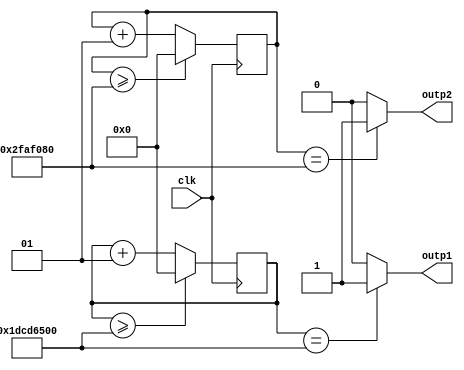
module xishi2(
    input clk,
    output outp1,
    output outp2
    );
    integer cnt1=0,cnt2=0;
    reg outp1,outp2;
    always @(posedge clk)
    begin
        if (cnt1 >= 500000000) begin cnt1 <= 0; end
        else begin cnt1 = cnt1 + 1; end
    end
    always @(*)
    begin
        if (cnt1 == 500000000) begin outp1 <= 1'b1; end
        else outp1 <= 1'b0;
    end
    always @(posedge clk)
        begin
            if (cnt2 >= 50000000) begin cnt2 <= 0; end
            else begin cnt2 = cnt2 + 1; end
        end
        always @(*)
        begin
            if (cnt2 == 50000000) begin outp2 <= 1'b1; end
            else outp2 <= 1'b0;
        end
endmodule